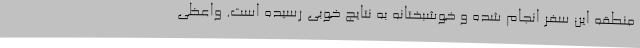
منطقه این سفر انجام شده و خوشبختانه به نتایج خوبی رسیده است. واعظی